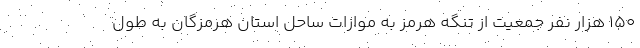
۱۵۰ هزار نفر جمعیت از تنگه هرمز به موازات ساحل استان هرمزگان به طول